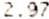
2.97